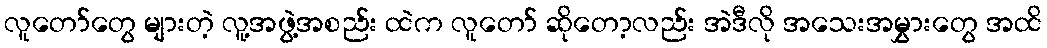
လူတော်တွေ များတဲ့ လူ့အဖွဲ့အစည်း ထဲက လူတော် ဆိုတော့လည်း အဲဒီလို အသေးအမွှားတွေ အထိ